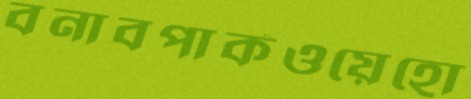
বনাবপার্কওয়েহো